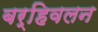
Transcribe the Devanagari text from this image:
बर्हिवलन